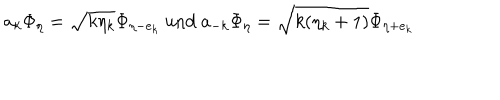
LaTeX: a _ { k } \Phi _ { \eta } = \sqrt { k \eta _ { k } } \Phi _ { \eta - e _ { k } } \mathrm { ~ u n d ~ } a _ { - k } \Phi _ { \eta } = \sqrt { k ( \eta _ { k } + 1 ) } \Phi _ { \eta + e _ { k } }